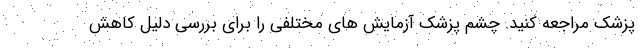
پزشک مراجعه کنید. چشم پزشک آزمایش های مختلفی را برای بررسی دلیل کاهش